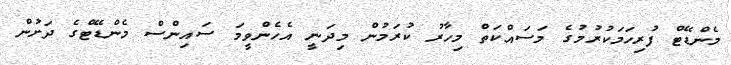
މެންޑޭޓް ފުރިހަމަކުރުމުގެ މަސައްކަތް މިހާރު ކުރަމުން މިިދަނީ އެހެންވީމަ ސައިންސް މެންޑޭޓްގެ ދަށުން